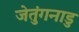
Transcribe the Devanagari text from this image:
जेतुंगनाडु